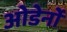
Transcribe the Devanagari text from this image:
ओडेर्नो